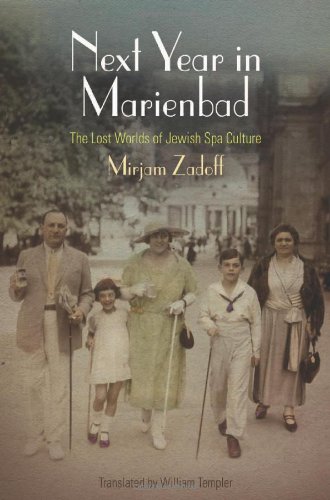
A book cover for Next Year in Marienbad: The Lost Worlds of Jewish Spa Culture (Jewish Culture and Contexts); Mirjam Zadoff; Travel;